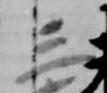
三